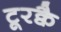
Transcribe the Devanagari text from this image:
टूरक्वै